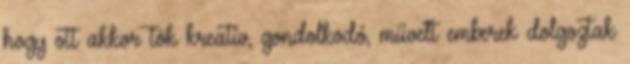
hogy ott akkor tök kreatív, gondolkodó, művelt emberek dolgoztak